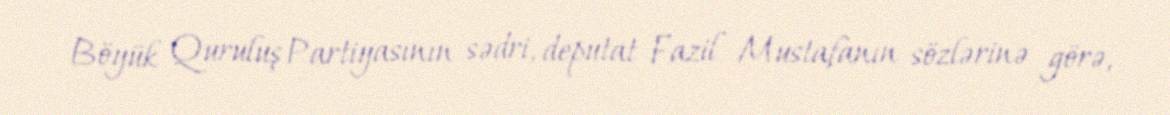
Böyük Quruluş Partiyasının sədri, deputat Fazil Mustafanın sözlərinə görə,